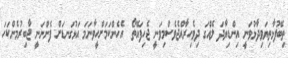
ތިބޭފުޅާތިޔަވިދާޅުވަނީ އިންޑިޔާދަ ލެއްގަ ދިވެހިރާއްޖެވެސްމިވަނީ ޖެހިފައޭތޯ  އެހެންކަމަށްހީވާނަމަ އަޅުގަނޑަށް ފެންނަނީ ޖާބިރުމެންކަހަ